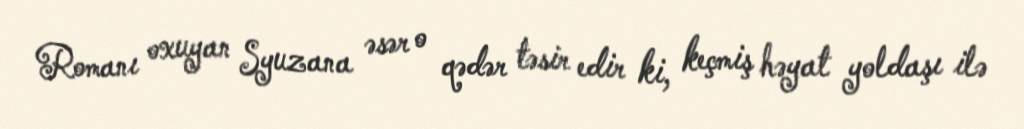
Romanı oxuyan Syuzana əsər o qədər təsir edir ki, keçmiş həyat yoldaşı ilə